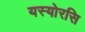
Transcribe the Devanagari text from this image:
यस्योरसि